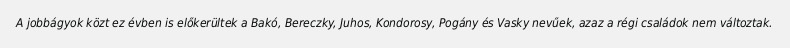
A jobbágyok közt ez évben is előkerültek a Bakó, Bereczky, Juhos, Kondorosy, Pogány és Vasky nevűek, azaz a régi családok nem változtak.